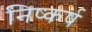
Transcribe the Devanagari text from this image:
निष्कर्ष